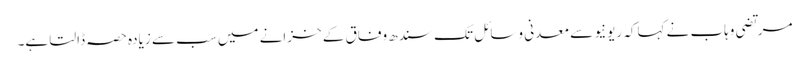
مرتضی وہاب نے کہاکہ ریونیو سے معدنی وسائل تک سندھ وفاق کے خزانے میں سب سے زیادہ حصہ ڈالتا ہے۔